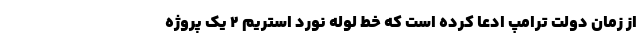
از زمان دولت ترامپ ادعا کرده است که خط لوله نورد استریم ۲ یک پروژه